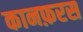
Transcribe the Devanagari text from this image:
कानफ़रस